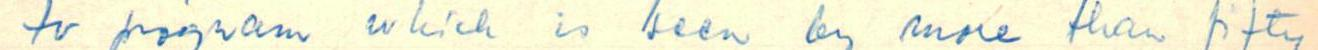
tv program which is seen by more than fifty